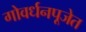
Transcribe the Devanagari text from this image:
गोवर्धनपूजेत